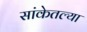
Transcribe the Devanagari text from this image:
सांकेतल्या